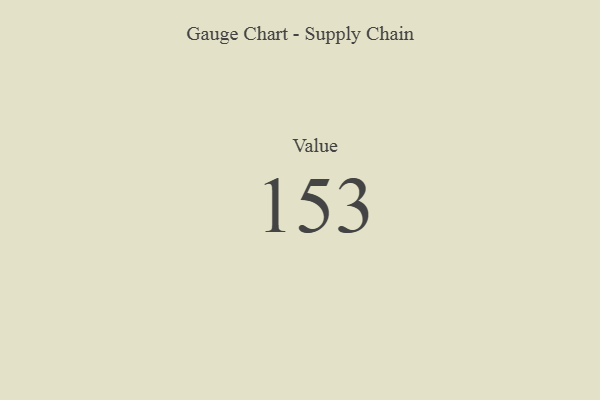
{"axis": {"x": "Metric", "y": "Value"}, "legend": [""], "data": [{"x": "Value", "y": 153, "type": ""}]}